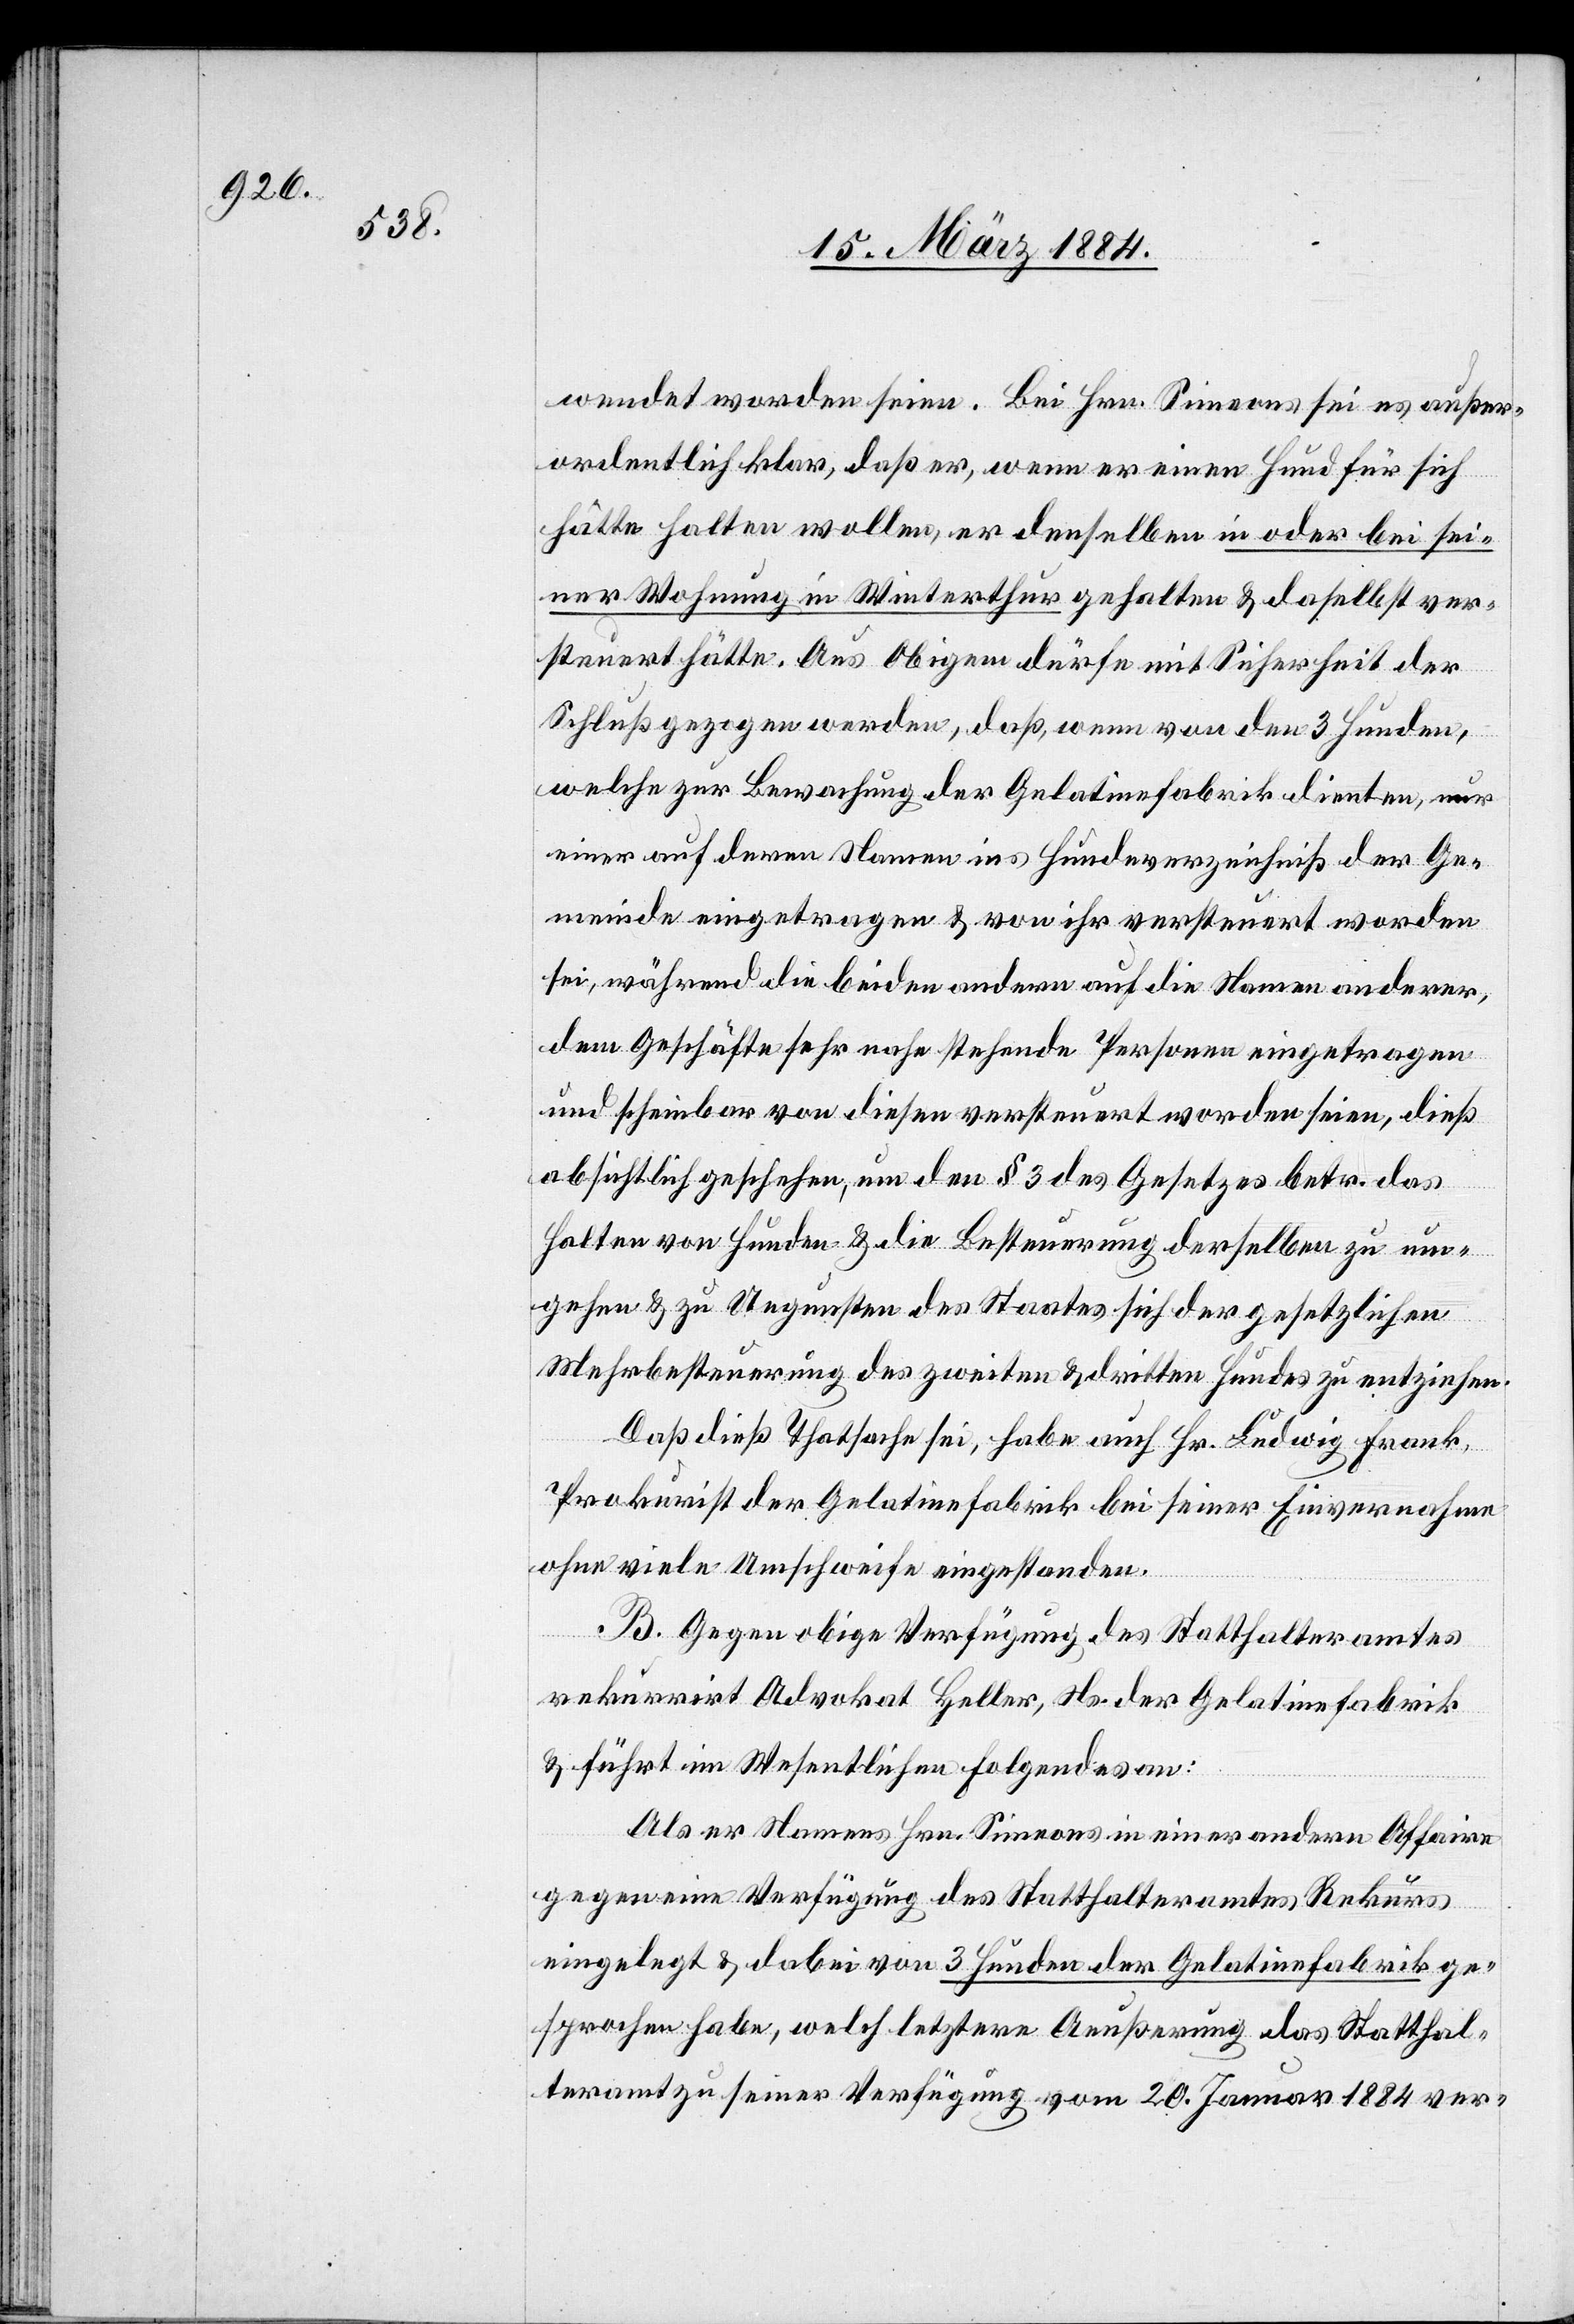
wendet worden seien. Bei Hrn. Simeons sei es außer¬
ordentlich klar, daß er, wenn er einen Hund für sich
hätte halten wollen, er denselben in oder bei sei¬
ner Wohnung in Winterthur gehalten & daselbst ver¬
steuert hätte. Aus Obigem dürfe mit Sicherheit der
Schluß gezogen werden, daß, wenn von den 3 Hunden,
welche zur Bewachung der Gelatinefabrik dienten, nur
einer auf deren Namen ins Hundeverzeichniß der Ge¬
meinde eingetragen & von ihr versteuert worden
sei, während die beiden andern auf die Namen anderer,
dem Geschäfte sehr nahe stehende Personen eingetragen
und scheinbar von diesen versteuert worden seien, dieß
absichtlich geschehen, um den § 3 des Gesetzes betr. das
Halten von Hunden & die Besteuerung derselben zu um¬
gehen & zu Ungunsten des Staates sich der gesetzlichen
Mehrbesteuerung des zweiten & dritten Hundes zu entziehen.
Daß dieß Thatsache sei, habe auch Hr. Ludwig Frank,
Prokurist der Gelatinefabrik bei seiner Einvernahme
ohne viele Umschweife eingestanden.
B. Gegen obige Verfügung des Statthalteramtes
rekurrirt Advokat Heller, Ns. der Gelatinefabrik
& führt im Wesentlichen Folgendes an:
Als er Namens Hrn. Siemons in einer andern Affaire
gegen eine Verfügung des Statthalteramtes Rekurses
eingelegt & dabei von 3 Hunden der Gelatinefabrik ge¬
sprochen habe, welch letztere Aeußerung das Statthal¬
teramt zu seiner Verfügung vom 20. Januar 1884 ver-